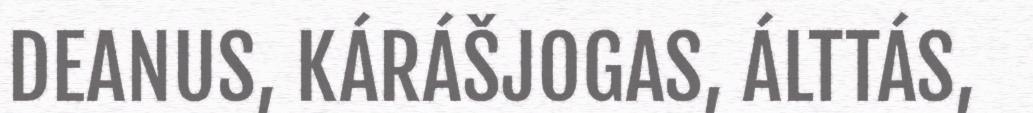
DEANUS, KÁRÁŠJOGAS, ÁLTTÁS,